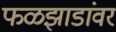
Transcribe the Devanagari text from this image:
फळझाडांवर